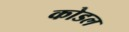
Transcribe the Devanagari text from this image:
कोडल